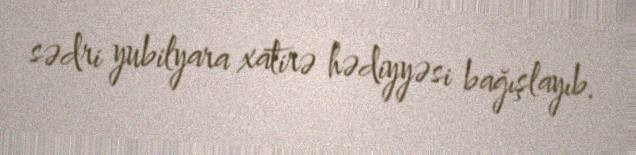
sədri yubilyara xatirə hədiyyəsi bağışlayıb.